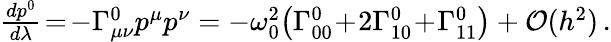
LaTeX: \begin{array}{r}{\frac{dp^{0}}{d\lambda}\! =\! -\Gamma_{\mu\nu}^{0}p^{\mu}p^{\nu}=-\omega_{0}^{2}\big(\Gamma_{00}^{0}\! +\! 2\Gamma_{10}^{0}\! +\! \Gamma_{11}^{0}\big)+\mathcal{O}(h^{2})\, .}\end{array}